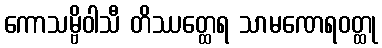
ကောသမ္ဗိဝါသီ တိဿတ္ထေရ သာမဏေရဝတ္ထု